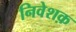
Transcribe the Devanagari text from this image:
निवेशक़